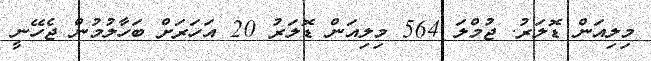
މިލިއަން ޑޮލަރު. ޖުމްލަ 564 މިލިއަން ޑޮލަރު 20 އަހަރަށް ބަހާލުމުން ޖެހޭނީ